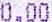
0.00